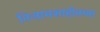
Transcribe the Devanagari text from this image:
निजामशाहीतच्या